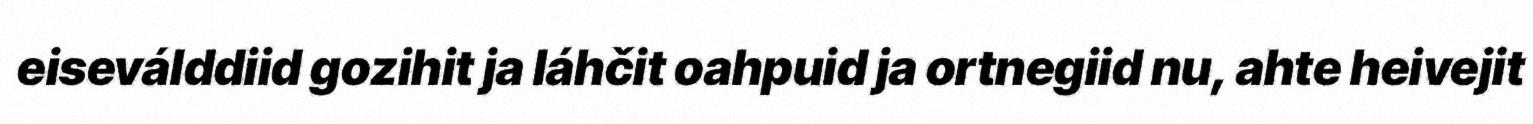
eiseválddiid gozihit ja láhčit oahpuid ja ortnegiid nu, ahte heivejit